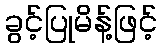
ခွင့်ပြုမိန့်ဖြင့်